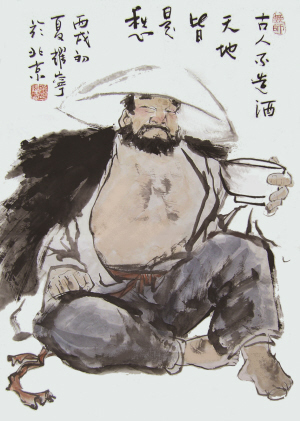
观人以言，美于黼黻文章。